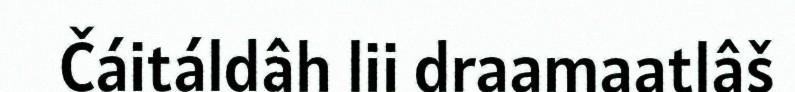
Čáitáldâh lii draamaatlâš